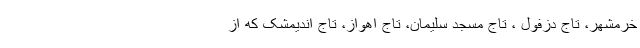
خرمشهر، تاج دزفول ، تاج مسجد سلیمان‌، تاج اهواز‌، تاج اندیمشک که از